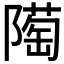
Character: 𨼞